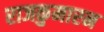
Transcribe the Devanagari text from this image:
राजकुमारन